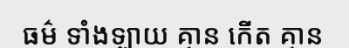
ធម៌ ទាំងឡាយ គ្មាន កើត គ្មាន